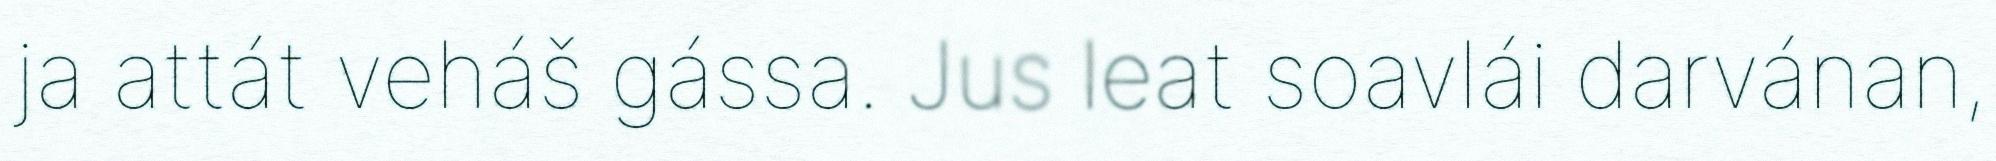
ja attát veháš gássa. Jus leat soavlái darvánan,